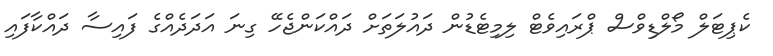
ކެޕިޓަލް މޯލްޑިވްސް ޕްރައިވެޓް ލިމިޓެޑުން ދައުލަތަށް ދައްކަންޖެހޭ ގިނަ އަދަދެއްގެ ފައިސާ ދައްކާފައި